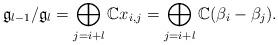
LaTeX: \begin{align*} \mathfrak{g}_{l-1}/\mathfrak{g}_l =\bigoplus_{j=i+l}\mathbb{C}x_{i,j} =\bigoplus_{j=i+l}\mathbb{C}(\beta_i-\beta_j). \end{align*}